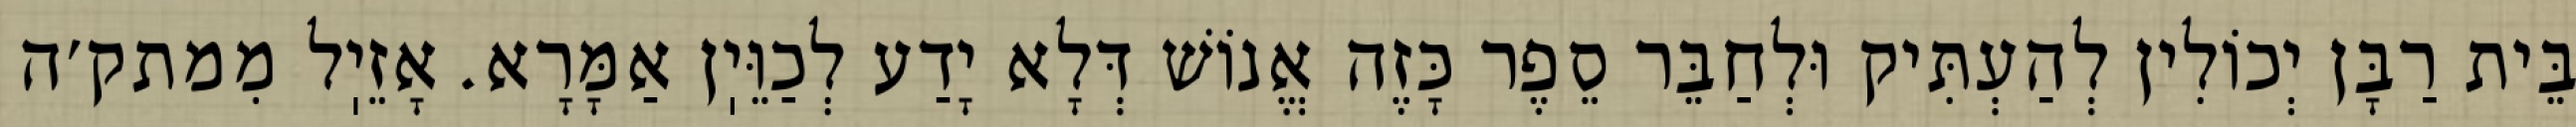
בֵּית רַבָּן יְכוֹלִין לְהַעְתִּיק וּלְחַבֵּר סֵפֶר כָּזֶה אֱנוֹשׁ דְּלָא יָדַע לְכַוֵּיֽן אַמָּרָא. אָזֵיֽל מִמתק׳ה